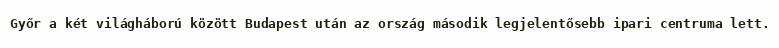
Győr a két világháború között Budapest után az ország második legjelentősebb ipari centruma lett.